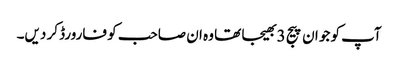
آپ کو جو ان پیج 3 بھیجا تھا وہ ان صاحب کو فارورڈ کر دیں۔